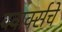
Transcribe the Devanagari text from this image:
क्वार्क्सचे